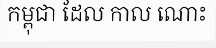
កម្ពុជា ដែល កាល ណោះ